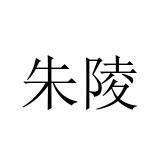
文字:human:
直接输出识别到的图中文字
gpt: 朱陵